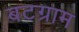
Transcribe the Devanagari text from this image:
बटग्राम